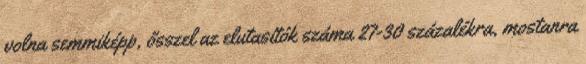
volna semmiképp, ősszel az elutasítók száma 27-30 százalékra, mostanra